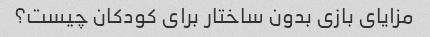
مزایای بازی بدون ساختار برای کودکان چیست؟